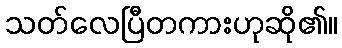
သတ်လေပြီတကားဟုဆို၏။